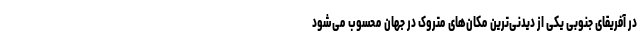
در آفریقای جنوبی یکی از دیدنی‌ترین مکان‌های متروک در جهان محسوب می‌شود